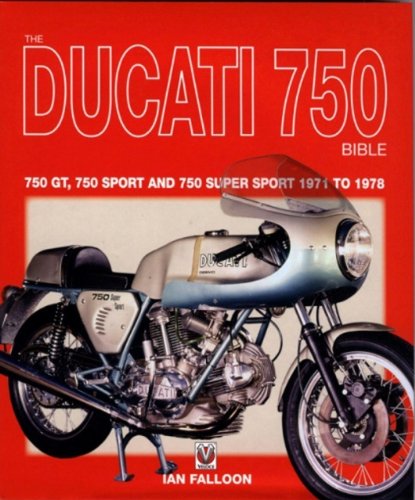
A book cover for The Ducati 750 Bible; Ian Falloon; Arts & Photography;